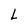
Character: L